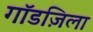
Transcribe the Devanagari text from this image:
गॉडज़िला